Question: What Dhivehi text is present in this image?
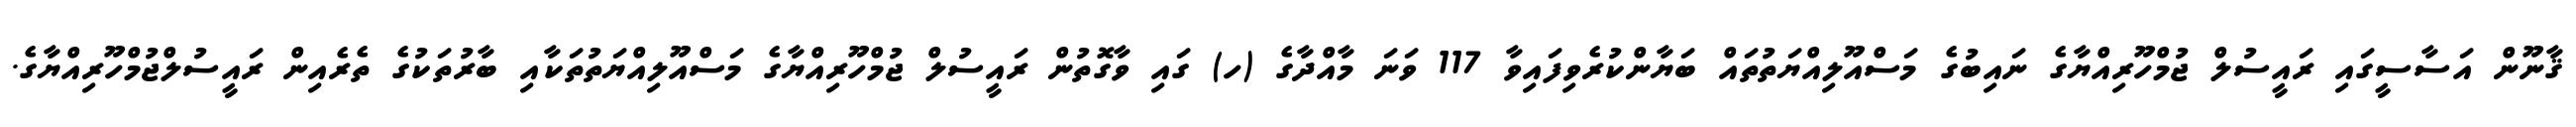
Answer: ޤާނޫން އަސާސީގައި ރައީސުލް ޖުމްހޫރިއްޔާގެ ނައިބުގެ މަސްއޫލިއްޔަތުތައް ބަޔާންކުރެވިފައިވާ 117 ވަނަ މާއްދާގެ (ހ) ގައި ވާގޮތުން ރައީސުލް ޖުމްހޫރިއްޔާގެ މަސްއޫލިއްޔަތުތަކާއި ބާރުތަކުގެ ތެރެއިން ރައީސުލްޖުމްހޫރިއްޔާގެ.